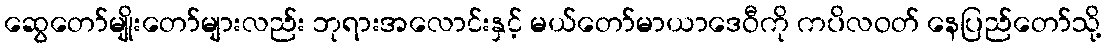
ဆွေတော်မျိုးတော်များလည်း ဘုရားအလောင်းနှင့် မယ်တော်မာယာဒေဝီကို ကပိလဝတ် နေပြည်တော်သို့